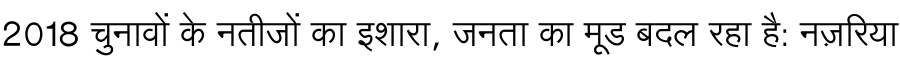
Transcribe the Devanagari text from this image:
2018 चुनावों के नतीजों का इशारा, जनता का मूड बदल रहा है: नज़रिया